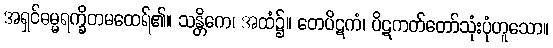
အရှင်ဓမ္မရက္ခိတမထေရ်၏။ သန္တိကေ၊ အထံ၌။ တေပိဋကံ၊ ပိဋကတ်တော်သုံးပုံဟူသော။